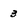
Character: 3